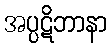
အပ္ပဋိဘာနာ